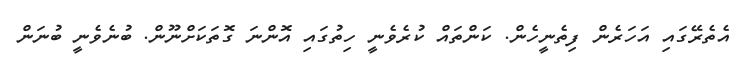
އެތެރޭގައި އަހަރެން ފިތެނީހެން. ކަންތައް ކުރެވެނީ ހިތުގައި އޮންނަ ގޮތަކަށްނޫން. ބުނެވެނީ ބުނަން